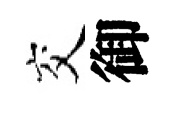
交御